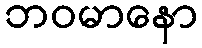
ဘဝမာနော